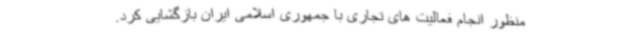
منظور انجام فعالیت های تجاری با جمهوری اسلامی ایران بازگشایی کرد.